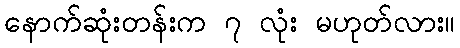
နောက်ဆုံးတန်းက ၇ လုံး မဟုတ်လား။